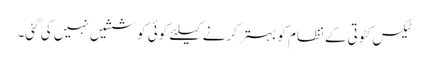
ٹیکس کٹوتی کے نظام کو بہتر کرنے کیلئے کوئی کوششیں نہیں کی گئی۔